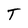
Character: T